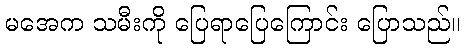
မအေက သမီးကို ပြေရာပြေကြောင်း ပြောသည်။